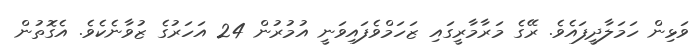
ވަޅިން ހަމަލާދީފައެވެ. ރޭގެ މަރާމާރީގައި ޒަހަމްވެފައިވަނީ އުމުރުން 24 އަހަރުގެ ޒުވާނެކެވެ. އެގޮތުން